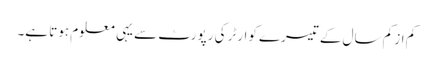
کم از کم سال کے تیسرے کوارٹر کی رپورٹ سے یہی معلوم ہوتا ہے۔